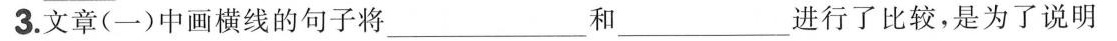
3.文章（一）中画横线的句子将\underline和\underline进行了比较，是为了说明